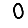
Digit: 0